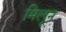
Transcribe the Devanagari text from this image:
मिलून